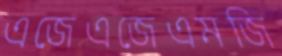
এজেএজেএমজি